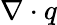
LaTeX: \nabla\cdot q